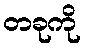
တခုကို